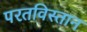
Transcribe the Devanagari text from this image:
परतविस्तान